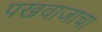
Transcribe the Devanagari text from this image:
पखवाजाचा